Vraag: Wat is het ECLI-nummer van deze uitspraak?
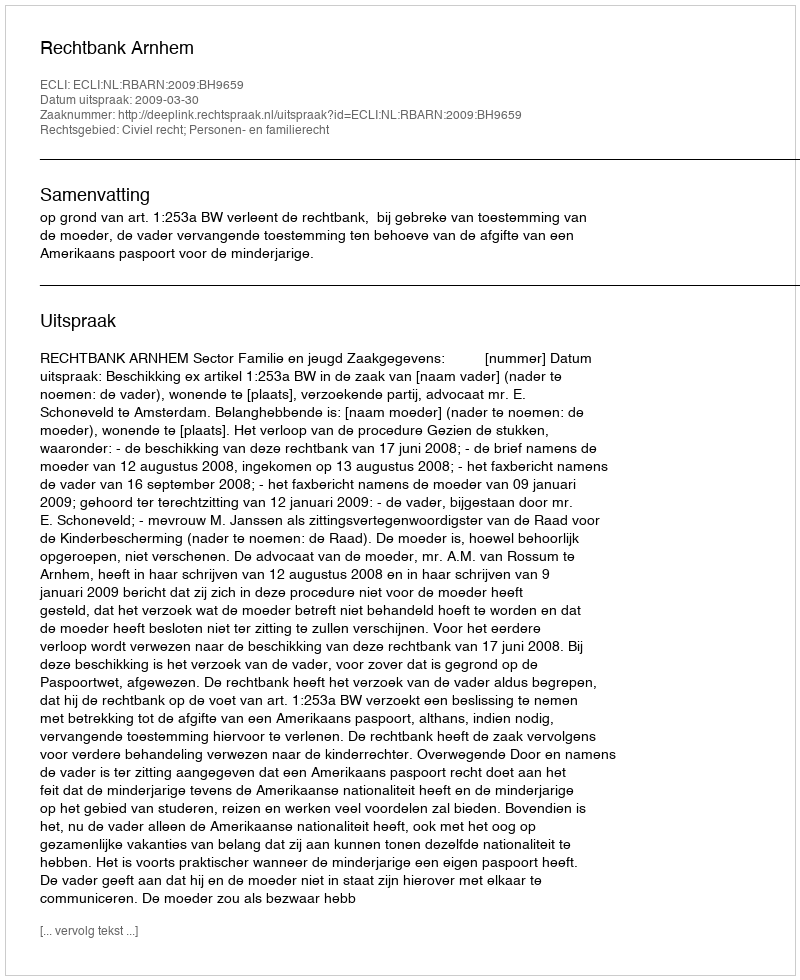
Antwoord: ECLI:NL:RBARN:2009:BH9659